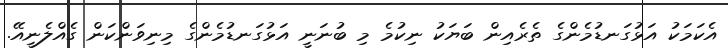
އެކަމަކު އަޅުގަނޑުމެންގެ ތެރެއިން ބަޔަކު ނިކުމެ މި ބުނަނީ އަޅުގަނޑުމެންގެ މިނިވަންކަން ގެއްލެނީއޭ.